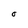
Character: O